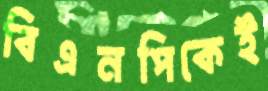
বিএনপিকেই